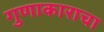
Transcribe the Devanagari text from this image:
गुणाकाराचा